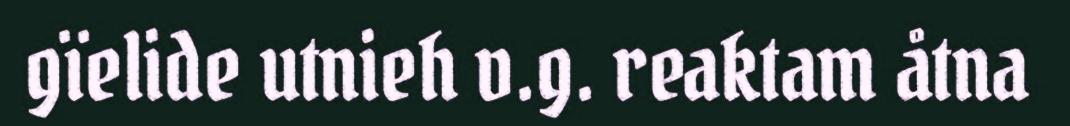
gïelide utnieh v.g. reaktam åtna